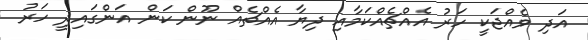
އަދި ވެއްޖަކީ ހަރު އެއްޗެއްކަމާއި ދިޔާ އެއްޗެއް ނޫން ކަން އަންގައިދީ ހަރު